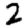
Digit: 2